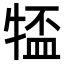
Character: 𪺰